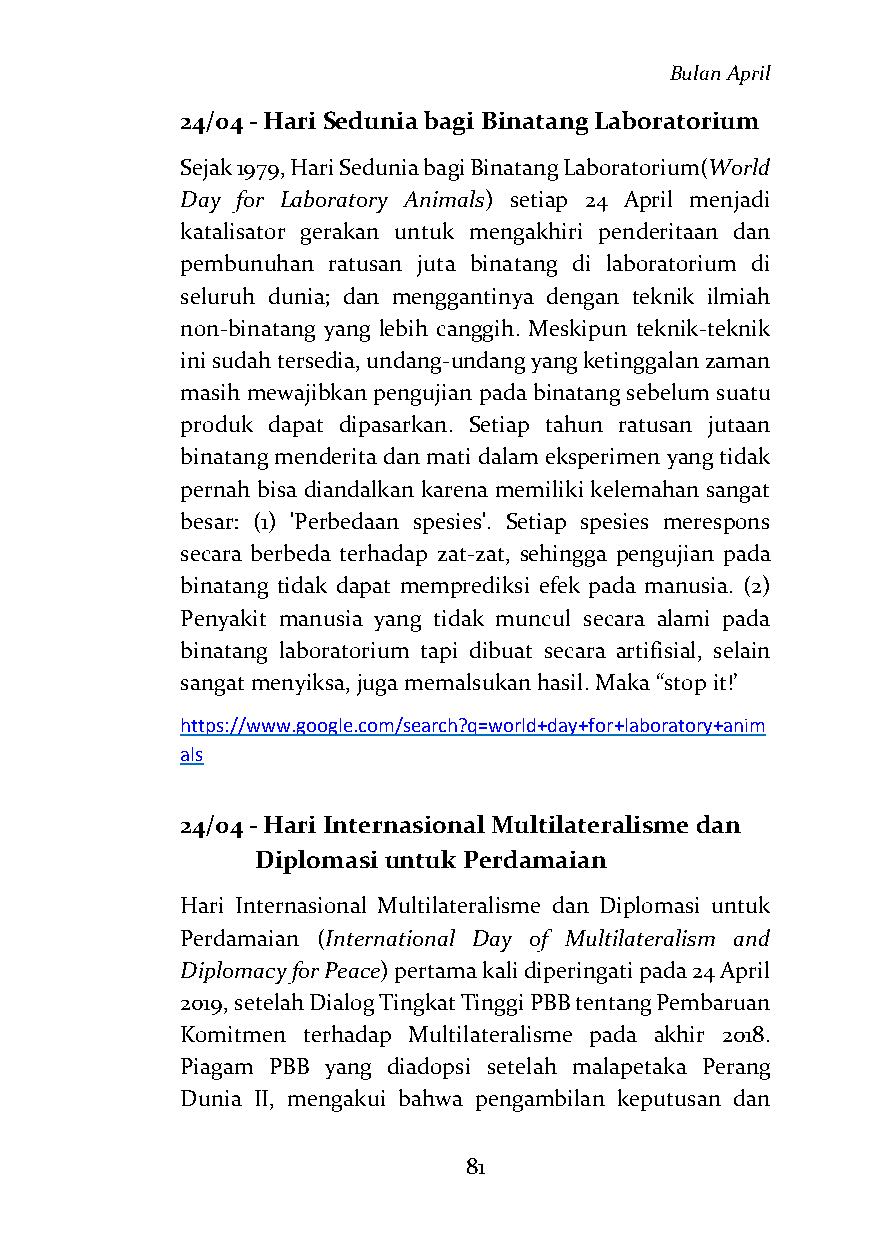
Bulan April
 24/04 - Hari Sedunia bagi Binatang Laboratorium
 Sejak 1979, Hari Sedunia bagi Binatang Laboratorium(World
 Day for Laboratory Animals) setiap 24 April menjadi
 katalisator gerakan untuk mengakhiri penderitaan dan
 pembunuhan ratusan juta binatang di laboratorium di
 seluruh dunia; dan menggantinya dengan teknik ilmiah
 non-binatang yang lebih canggih. Meskipun teknik-teknik
 ini sudah tersedia, undang-undang yang ketinggalan zaman
 masih mewajibkan pengujian pada binatang sebelum suatu
 produk dapat dipasarkan. Setiap tahun ratusan jutaan
 binatang menderita dan mati dalam eksperimen yang tidak
 pernah bisa diandalkan karena memiliki kelemahan sangat
 besar: (1) 'Perbedaan spesies'. Setiap spesies merespons
 secara berbeda terhadap zat-zat, sehingga pengujian pada
 binatang tidak dapat memprediksi efek pada manusia. (2)
 Penyakit manusia yang tidak muncul secara alami pada
 binatang laboratorium tapi dibuat secara artifisial, selain
 sangat menyiksa, juga memalsukan hasil. Maka “stop it!’
 https://www.google.com/search?q=world+day+for+laboratory+anim
 als
 24/04 - Hari Internasional Multilateralisme dan
 Diplomasi untuk Perdamaian
 Hari Internasional Multilateralisme dan Diplomasi untuk
 Perdamaian (International Day of Multilateralism and
 Diplomacy for Peace) pertama kali diperingati pada 24 April
 2019, setelah Dialog Tingkat Tinggi PBB tentang Pembaruan
 Komitmen terhadap Multilateralisme pada akhir 2018.
 Piagam PBB yang diadopsi setelah malapetaka Perang
 Dunia II, mengakui bahwa pengambilan keputusan dan
 81